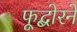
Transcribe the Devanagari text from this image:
फूद्बोरने